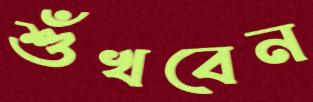
শুঁখবেন